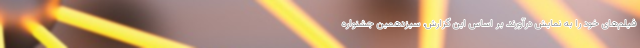
فیلم‌های خود را به نمایش درآورند. بر اساس این گزارش، سیزدهمین جشنواره